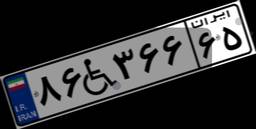
۲۱W۲۱۵۱۷